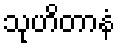
သုဟိတာနံ